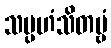
သမ္ပဟံသိတဗ္ဗံ